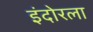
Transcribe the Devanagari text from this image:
इंदोरला